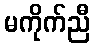
မကိုက်ညီ